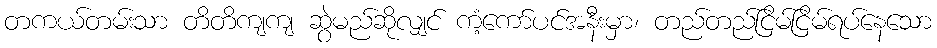
တကယ်တမ်းသာ တိတိကျကျ ဆွဲမည်ဆိုလျှင် ကံ့ကော်ပင်အနီးမှာ၊ တည်တည်ငြိမ်ငြိမ်ရပ်နေသော